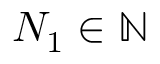
N _ { 1 } \in \mathbb { N }